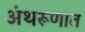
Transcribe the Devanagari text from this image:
अंथरूणात